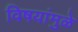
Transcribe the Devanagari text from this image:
विषयांमुळे